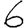
Digit: 6